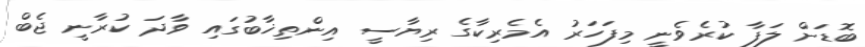
ބޮޑަށް ލަފާ ކުރެވެނީ މިފަހަރު އެމެރިކާގެ ރިޔާސީ އިންތިޚާބުގައި ވާދަ ކުރާނީ ޖެބް